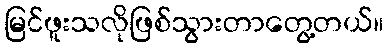
မြင်ဖူးသလိုဖြစ်သွားတာတွေ့တယ်။